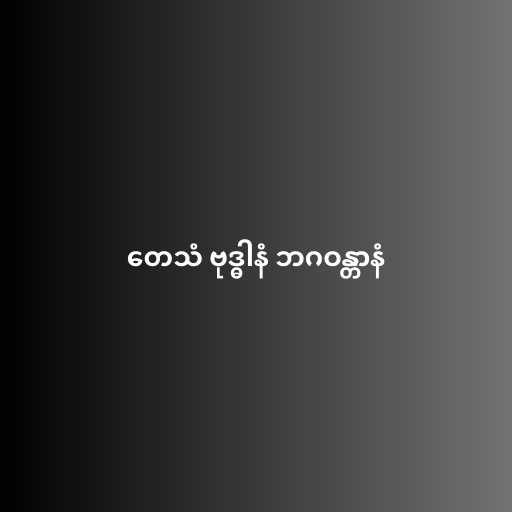
တေသံ ဗုဒ္ဓါနံ ဘဂဝန္တာနံ